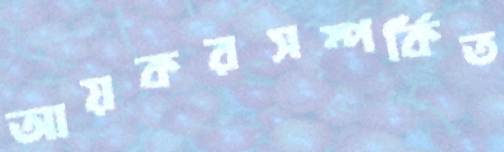
আয়করসম্পর্কিত